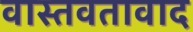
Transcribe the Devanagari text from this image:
वास्तवतावाद